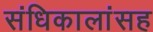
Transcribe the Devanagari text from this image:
संधिकालांसह